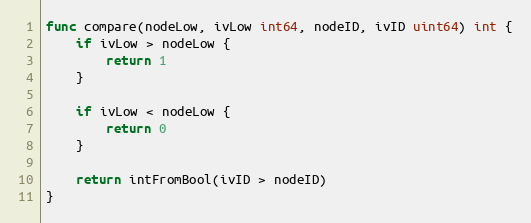
Language: Go
func compare(nodeLow, ivLow int64, nodeID, ivID uint64) int {
	if ivLow > nodeLow {
		return 1
	}

	if ivLow < nodeLow {
		return 0
	}

	return intFromBool(ivID > nodeID)
}